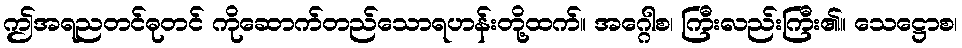
ဤအရညတင်ဓုတင် ကိုဆောက်တည်သောရဟန်းတို့ထက်။ အဂ္ဂေါစ၊ ကြီးလည်းကြီး၏။ သေဋ္ဌောစ၊